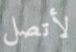
لأتصل